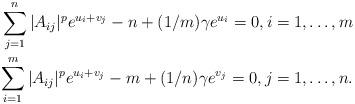
LaTeX: \begin{align*}\sum_{j=1}^n|A_{ij}|^pe^{u_i+v_j} - n + (1/m)\gamma e^{u_i}= 0,i = 1,\ldots,m\\\sum_{i=1}^m|A_{ij}|^pe^{u_i+v_j} - m + (1/n)\gamma e^{v_j} = 0,j = 1,\ldots,n.\end{align*}